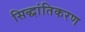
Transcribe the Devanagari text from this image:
सिद्धांतिकरण